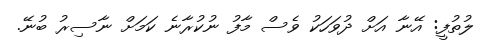
ލުތުފީ: އޭނާ އަށް ދުވަހަކު ވެސް މާފު ނުކުރާނެ ކަމަށް ނާސިރު ބުނޭ.